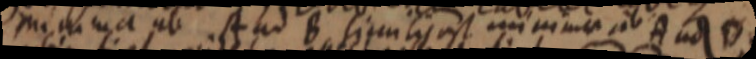
minima ab A ad B similis est minima ab A ad D